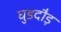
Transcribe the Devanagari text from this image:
घुडदौड़